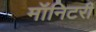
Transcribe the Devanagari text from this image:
मॉनिटरी